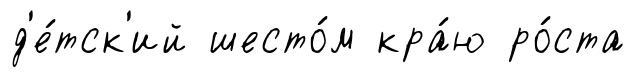
д'е́тск'ий шесто́м кра́ю ро́ста